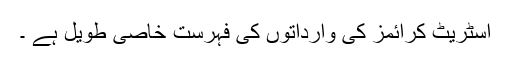
اسٹریٹ کرائمز کی وارداتوں کی فہرست خاصی طویل ہے ۔